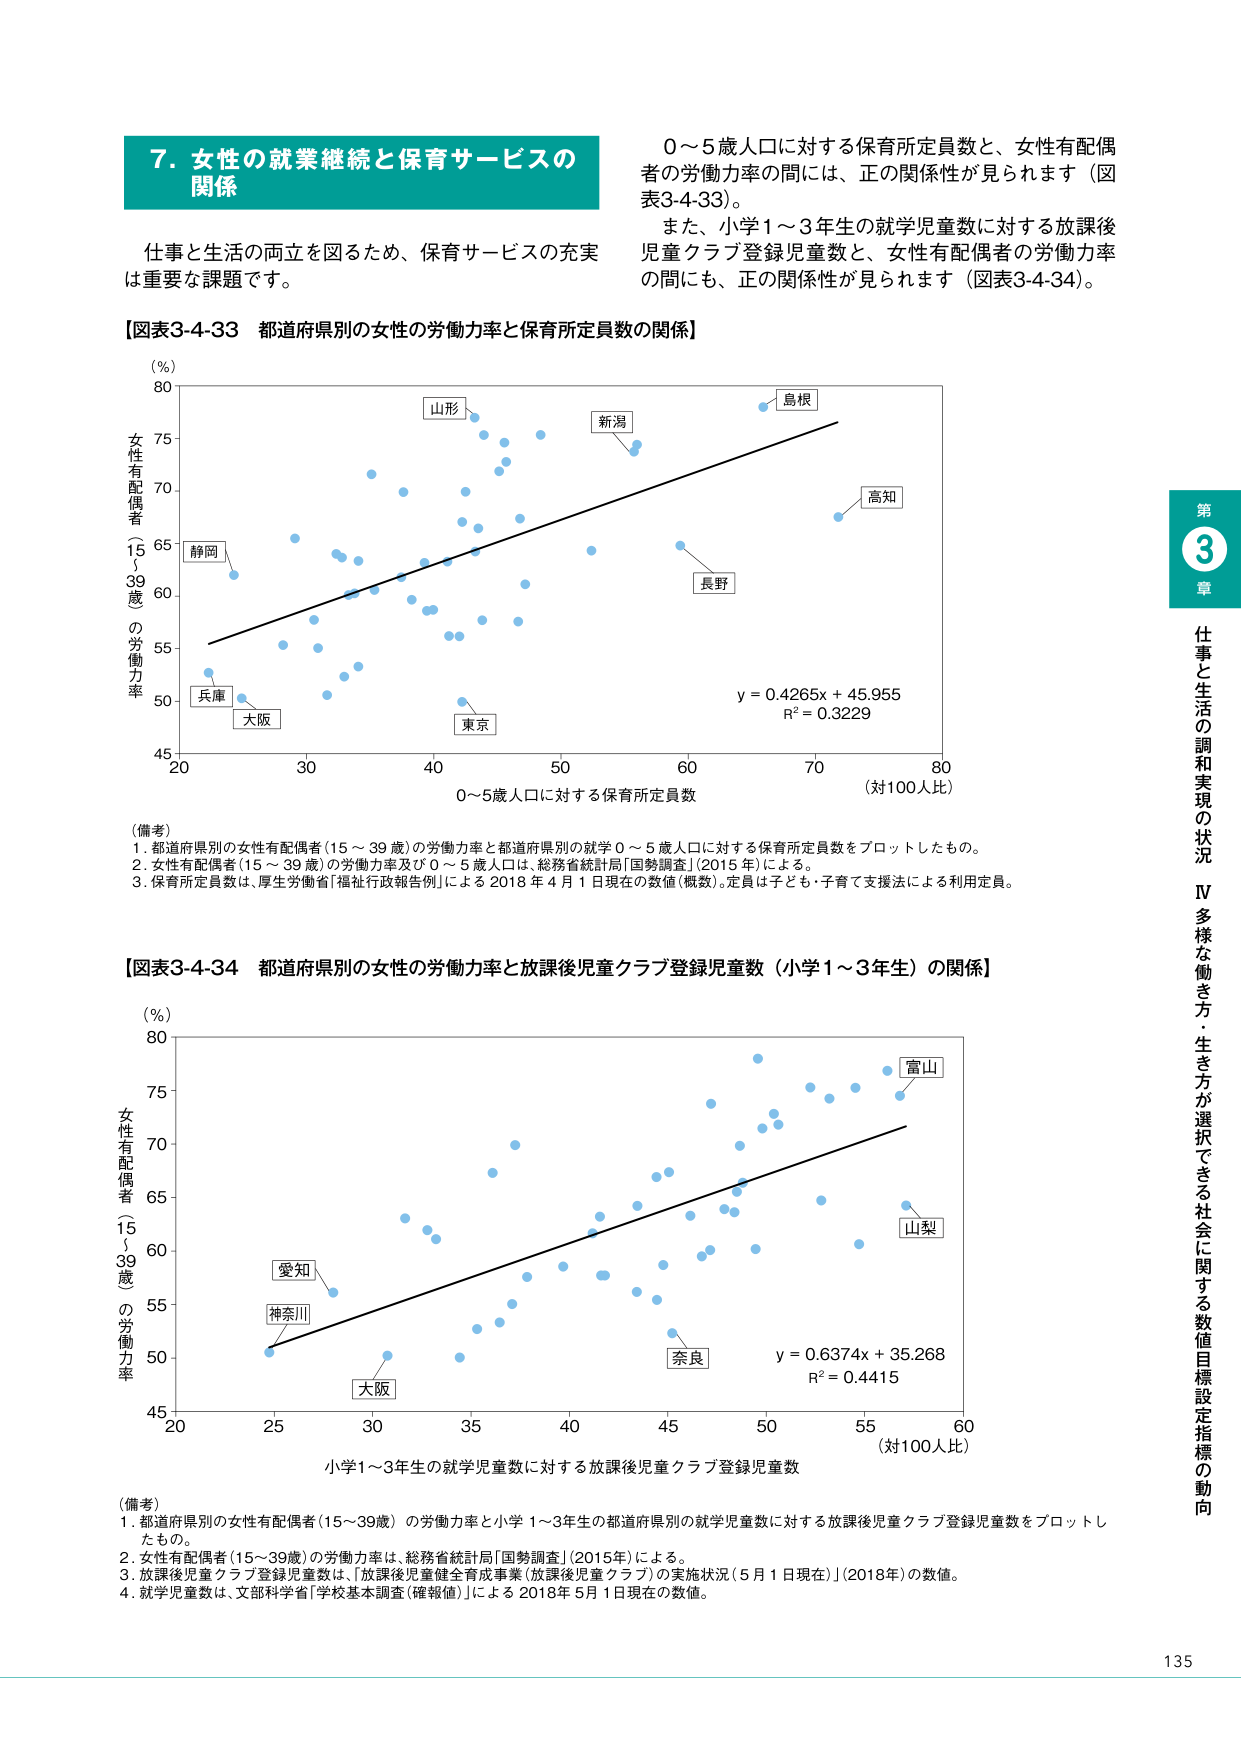
7. 女性の就業継続と保育サービスの関係

仕事と生活の両立を図るため、保育サービスの充実は重要な課題です。

0～5歳人口に対する保育所定員数と、女性有配偶者の労働力率の間には、正の関係性が見られます（図表3-4-33）。
また、小学1～3年生の就学児童数に対する放課後児童クラブ登録児童数と、女性有配偶者の労働力率の間にも、正の関係性が見られます（図表3-4-34）。

【図表3-4-33 都道府県別の女性の労働力率と保育所定員数の関係】

（％）
80
女性有配偶者（15～39歳）の労働力率
75
70
65
60
55
50
45
20 30 40 50 60 70 80
0～5歳人口に対する保育所定員数（対100人比）

y = 0.4265x + 45.955
R² = 0.3229

（備考）
1. 都道府県別の女性有配偶者（15～39歳）の労働力率と都道府県別の就学0～5歳人口に対する保育所定員数をプロットしたもの。
2. 女性有配偶者（15～39歳）の労働力率及び0～5歳人口は、総務省統計局「国勢調査」（2015年）による。
3. 保育所定員数は、厚生労働省「福祉行政報告例」による2018年4月1日現在の数値（概数）。定員は子ども・子育て支援法による利用定員。

【図表3-4-34 都道府県別の女性の労働力率と放課後児童クラブ登録児童数（小学1～3年生）の関係】

（％）
80
女性有配偶者（15～39歳）の労働力率
75
70
65
60
55
50
45
20 25 30 35 40 45 50 55 60
小学1～3年生の就学児童数に対する放課後児童クラブ登録児童数（対100人比）

y = 0.6374x + 35.268
R² = 0.4415

（備考）
1. 都道府県別の女性有配偶者（15～39歳）の労働力率と小学1～3年生の都道府県別の就学児童数に対する放課後児童クラブ登録児童数をプロットしたもの。
2. 女性有配偶者（15～39歳）の労働力率は、総務省統計局「国勢調査」（2015年）による。
3. 放課後児童クラブ登録児童数は、「放課後児童健全育成事業（放課後児童クラブ）の実施状況（5月1日現在）」（2018年）の数値。
4. 就学児童数は、文部科学省「学校基本調査（確報値）」による2018年5月1日現在の数値。

第3章 仕事と生活の調和実現の状況
Ⅳ 多様な働き方・生き方が選択できる社会に関する数値目標設定指標の動向

135

（図表内のラベル）
山形
新潟
島根
高知
長野
静岡
兵庫
大阪
東京

富山
山梨
愛知
神奈川
大阪
奈良